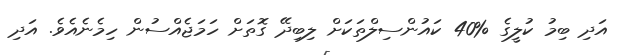
އަދި ބިމު ކުލީގެ %40 ކައުންސިލްތަކަށް ލިބިދޭ ގޮތަށް ހަމަޖެއްސުން ހިމެނެއެވެ. އަދި